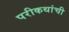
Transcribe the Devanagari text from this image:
परीकथांची